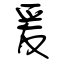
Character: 爰